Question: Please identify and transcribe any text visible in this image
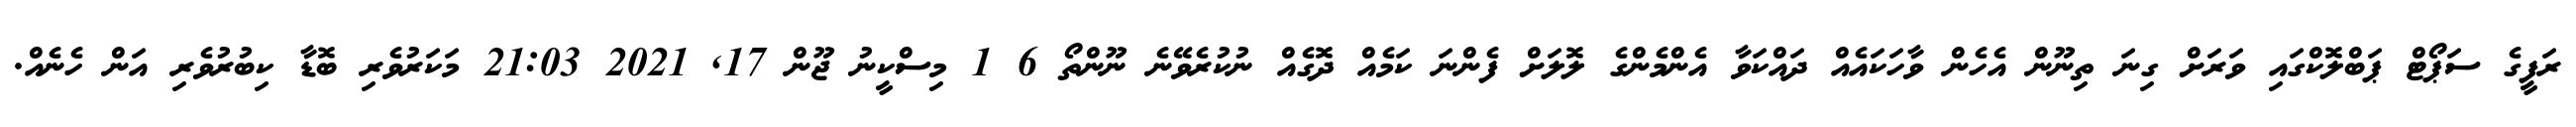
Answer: ރަފީގެ ސަޕޯޓް ޕަބްލޮކްގައި ވަރަށް ގިނަ ތިނޫން އެހެން ވާހަކައެއް ދައްކަވާ އެންމެންގެ ލޮލަށް ފެންނަ ކަމެއް ދޮގެއް ނުކުރެވޭނެ ނޫންތޯ 6 1 މިސްކީނު ޖޫން 17, 2021 21:03 މަކަރުވެރި ބޮޑާ ކިބުރުވެރި އަން ހެނެއް.